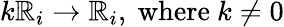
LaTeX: k\mathbb{R}_{i}\rightarrow\mathbb{R}_{i},\ {\mathrm{{where~}}}k\neq0